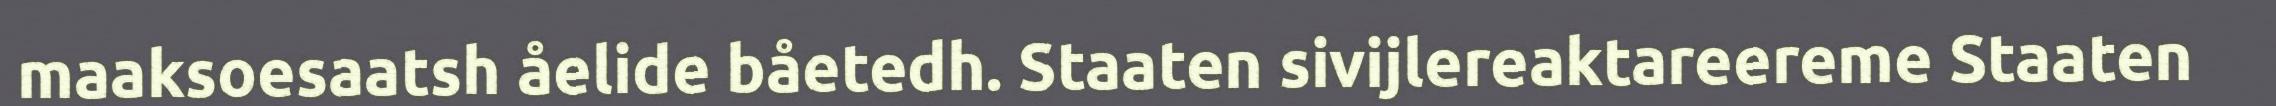
maaksoesaatsh åelide båetedh. Staaten sivijlereaktareereme Staaten